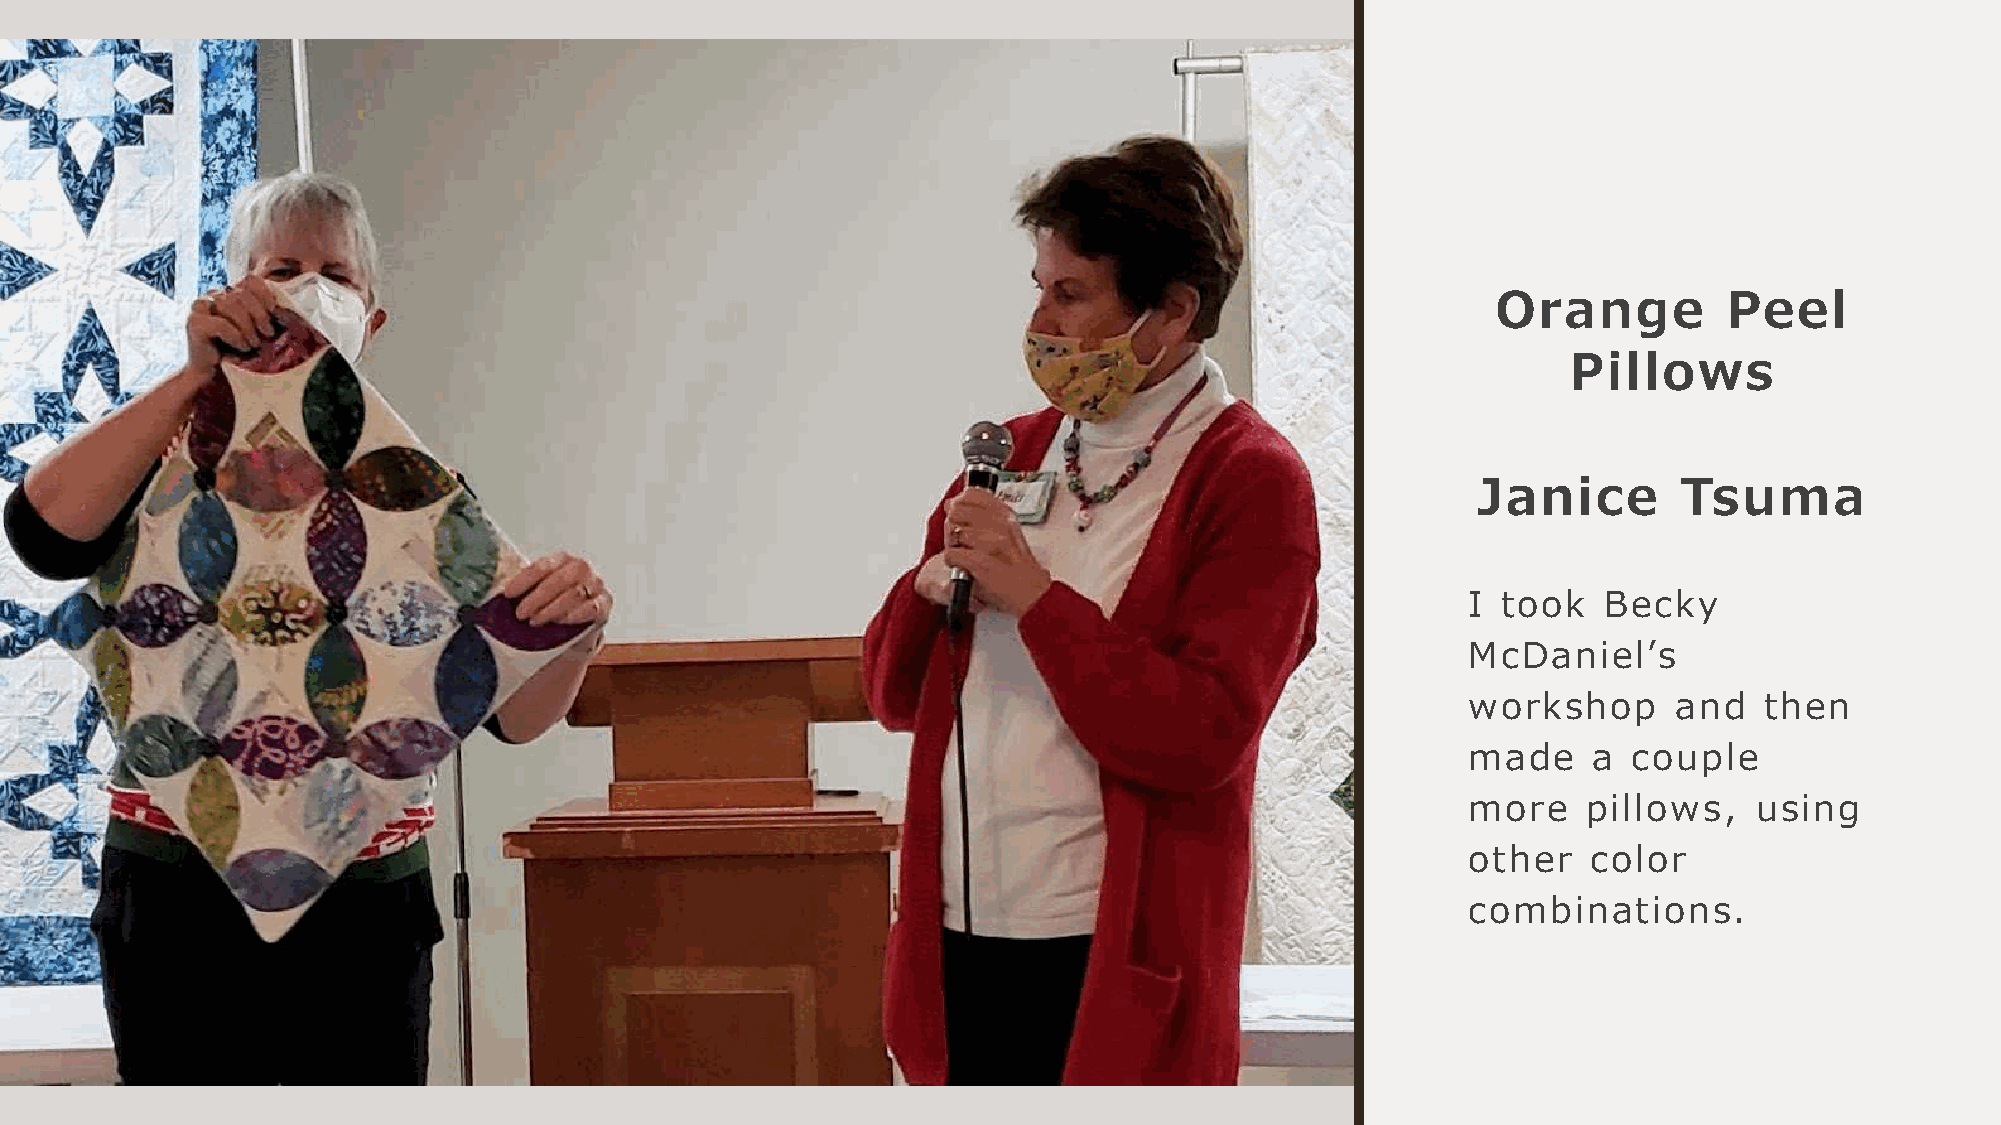
Orange         Peel
 Pillows
 Janice       Tsuma
 I took   Becky
 McDaniel’s
 workshop      and   then
 made    a  couple
 more    pillows,   using
 other   color
 combinations.